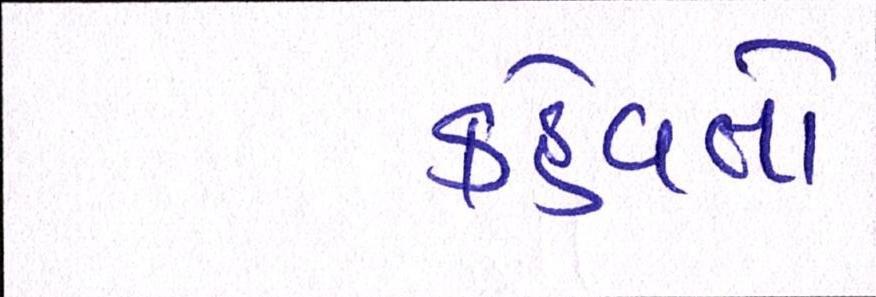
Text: કહેવતો